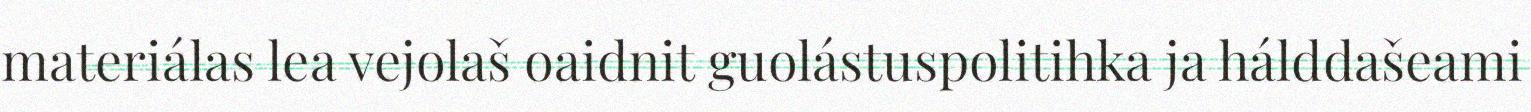
materiálas lea vejolaš oaidnit guolástuspolitihka ja hálddašeami